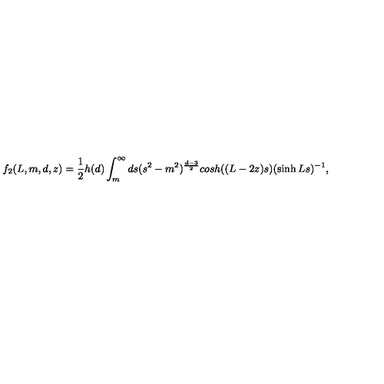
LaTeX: f _ { 2 } ( L , m , d , z ) = \frac { 1 } { 2 } h ( d ) \int _ { m } ^ { \infty } d s ( s ^ { 2 } - m ^ { 2 } ) ^ { \frac { d - 3 } { 2 } } c o s h ( ( L - 2 z ) s ) ( \sinh L s ) ^ { - 1 } ,